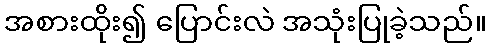
အစားထိုး၍ ပြောင်းလဲ အသုံးပြုခဲ့သည်။